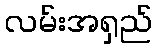
လမ်းအရှည်